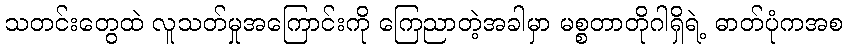
သတင်းတွေထဲ လူသတ်မှုအကြောင်းကို ကြေညာတဲ့အခါမှာ မစ္စတာတိုဂါရှိရဲ့ ဓာတ်ပုံကအစ